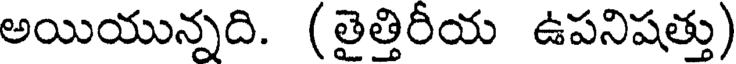
అయియున్నది. (తైత్తిరీయ ఉపనిషత్తు)